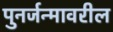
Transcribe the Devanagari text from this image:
पुनर्जन्मावरील